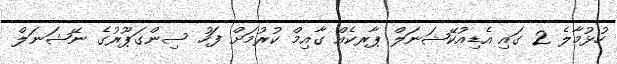
ހުޅުމާލެ 2 ގައި އެޑިއުކޭޝަނަލް ޕާރކެއް ގާއިމް ކުރުމަށް ފަހު ސިންގަޕޫރުގެ ނޭޝަނަލް